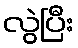
လွဲပြီး